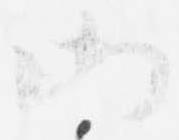
御